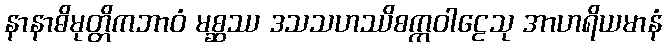
နာနာဓိမုတ္တိကဘာဝံ မစ္ဆဿ ဒသသဟဿိစက္ကဝါဠေသု အာဟရိယမာနံ